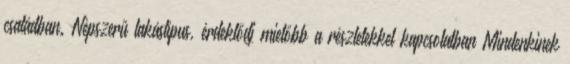
családban. Népszerű lakástípus, érdeklődj mielőbb a részletekkel kapcsolatban Mindenkinek